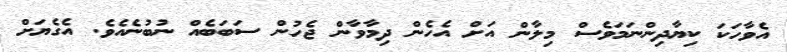
އެވާހަކަ ކިޔާދިންނަމަވެސް މިލާން އަށް އެހެން ދިމާވާން ޖެހުން ސަބަބެއް ނުބުނެއެވެ. އެގެޔަށް